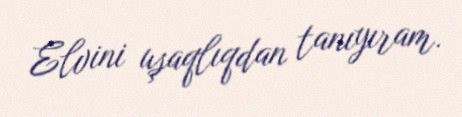
Elvini uşaqlıqdan tanıyıram.